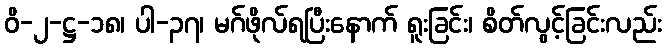
ဝိ-၂-ဋ္ဌ-၁၈၊ ပါ-၃၇၊ မဂ်ဖိုလ်ရပြီးနောက် ရူးခြင်း၊ စိတ်လွင့်ခြင်းလည်း